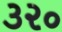
૩૨૦